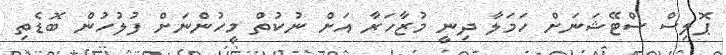
ޕޮލިސް ސްޓޭޝަނަށް ހަމަލާ ދިނީ މުޒާހަރާ އަށް ނުކުތް މީހުންނަށް ފުލުހުން ބޮޑެތި